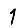
Digit: 1